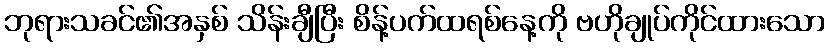
ဘုရားသခင်၏အနှစ် သိန်းချီပြီး စိန့်ပက်ထရစ်နေ့ကို ဗဟိုချုပ်ကိုင်ထားသော